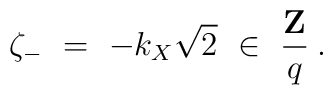
\zeta_- \ =\ - k_X \sqrt{2} \ \in\ \frac{{\bf Z}}{q}  \>.